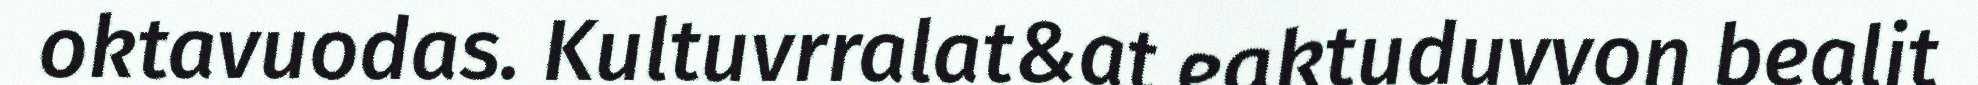
oktavuodas. Kultuvrralat&at eaktuduvvon bealit